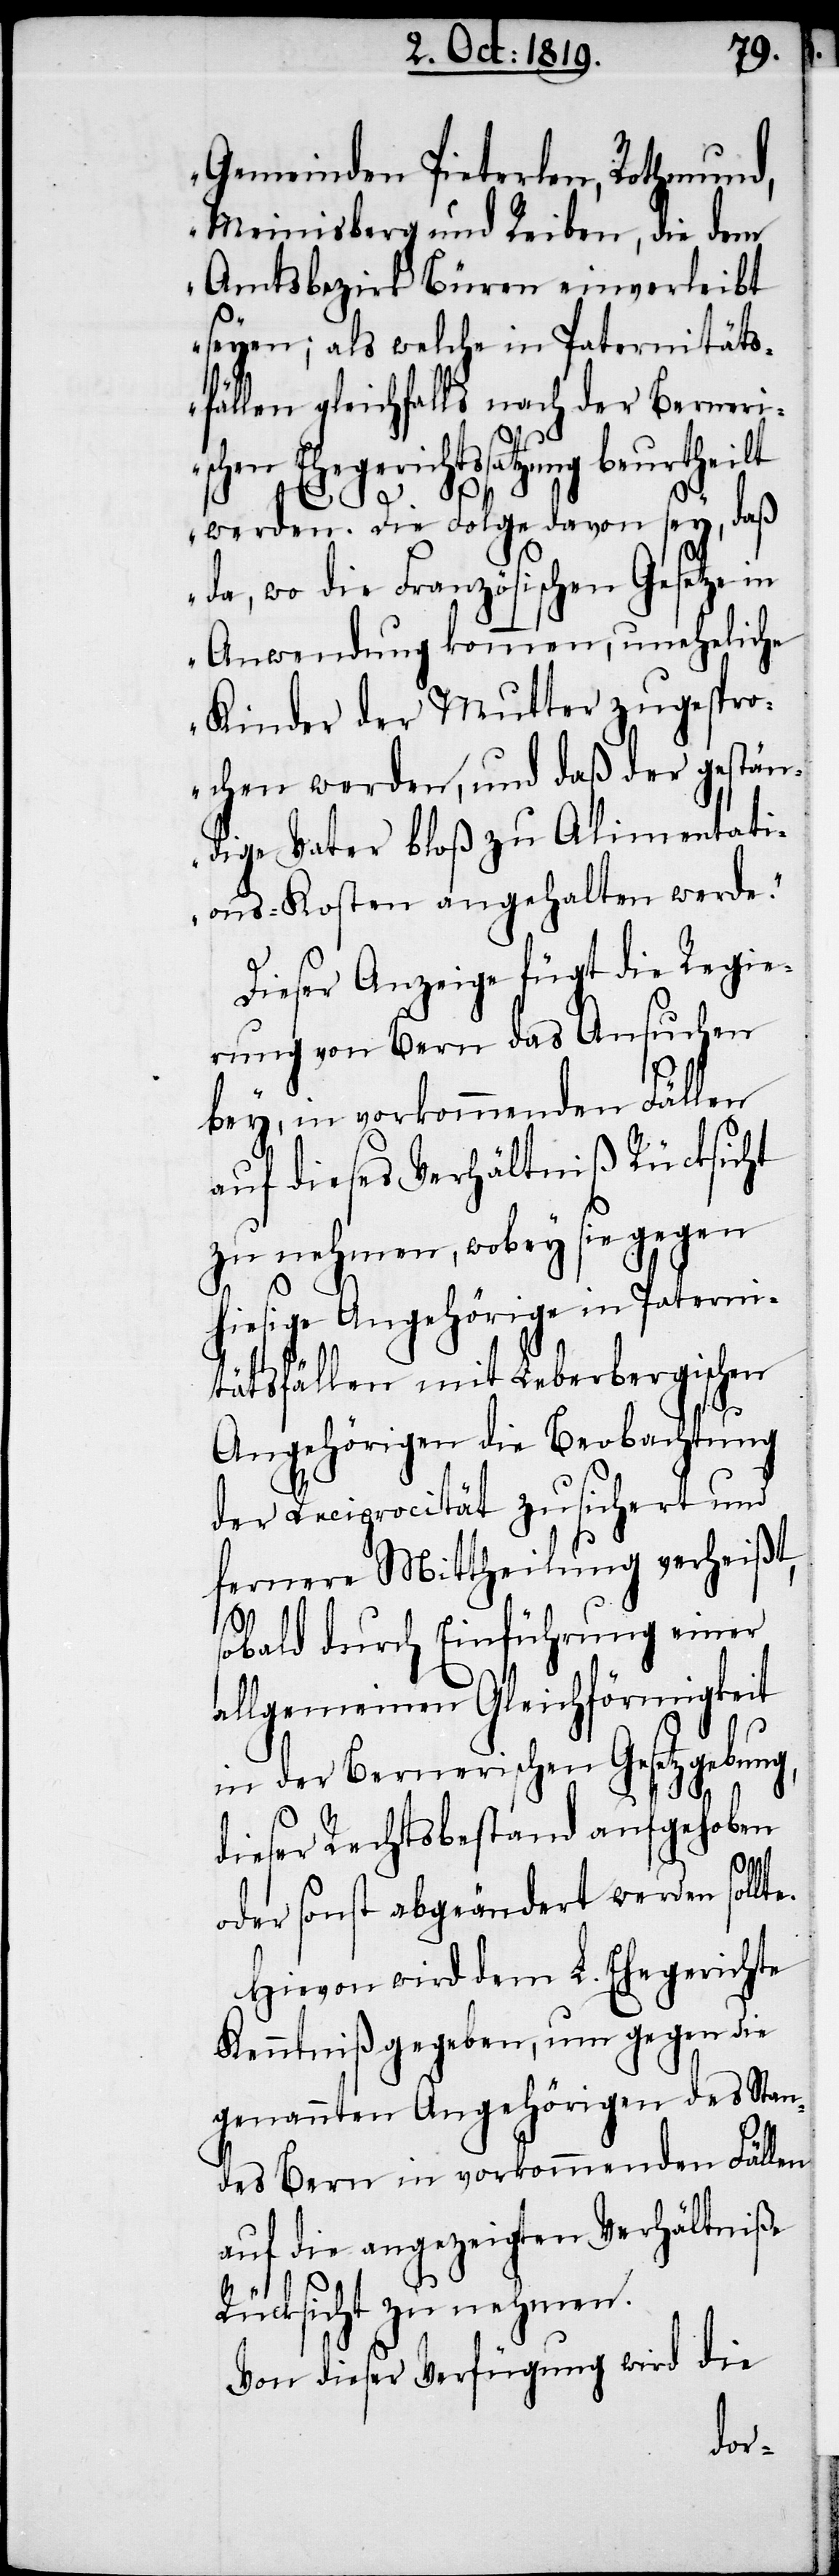
Gemeinden Pieterlen, Rothmund,
Meinisberg und Reiben, die dem
Amtsbezirk Büren einverleibt
seye; als welche in Paternitäts¬
fällen gleichfalls nach der Berneri¬
Ehegerichtssatzung beurtheilt
werden. Die Folge davon sey, daß
da, wo die Französischen Gesetze
Anwendung kommen, uneheliche
Kinder der Mutter zugespro¬
chen werden, und daß der gestän¬
dige Vater bloß zu Alimentati¬
ons-Kosten angehalten werde.“
Dieser Anzeige fügt die Regie¬
rung von Bern das Ansuchen
bey, in vorkommenden Fällen
auf dieses Verhältniß Rücksicht
zu nehmen, wobey sie gegen
hiesige Angehörige in Paterni¬
tätsfällen mit Leberbergischen
Angehörigen die Beobachtung
der Reciprocität zusichert und
fernere Mittheilung verheißt,
sobald durch Einführung einer
allgemeinen Gleichförmigkeit
in der Bernerischen Gesetzgebung,
dieser Rechtsbestand aufgehoben
schen
oder sonst abgeändert werden sollte.
Hievon wird dem L. Ehegerichte
Kenntniß gegeben, um gegen die
genannten Angehörigen des Stan¬
des Bern in vorkommenden Fällen
auf die angezeigten Verhältniße
Rücksicht zu nehmen.
Von dieser Verfügung wird die